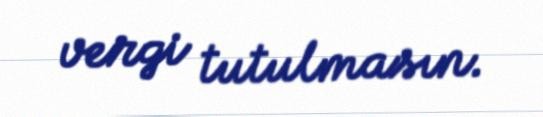
vergi tutulmasın.